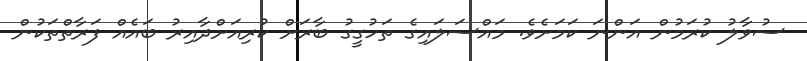
ސުވާލު ކުރަމުން އަންނަ ކަމަށެވެ. މައްސަލައިގެ ތަހުގީގު ބާރަށް ކުރިއަށްދާއިރު ބައެއް ފަރާތްތަކުން